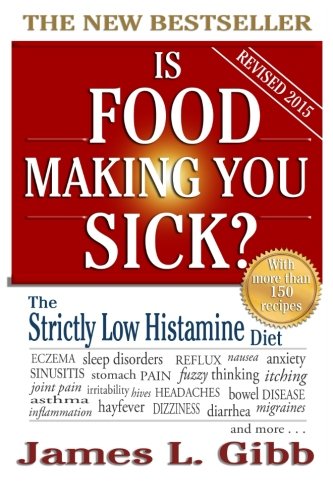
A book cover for Is Food Making You Sick?: The Strictly Low Histamine Diet; James L Gibb; Cookbooks, Food & Wine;